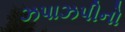
ઝપાઝપીનો